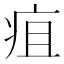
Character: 疽